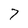
Character: 7